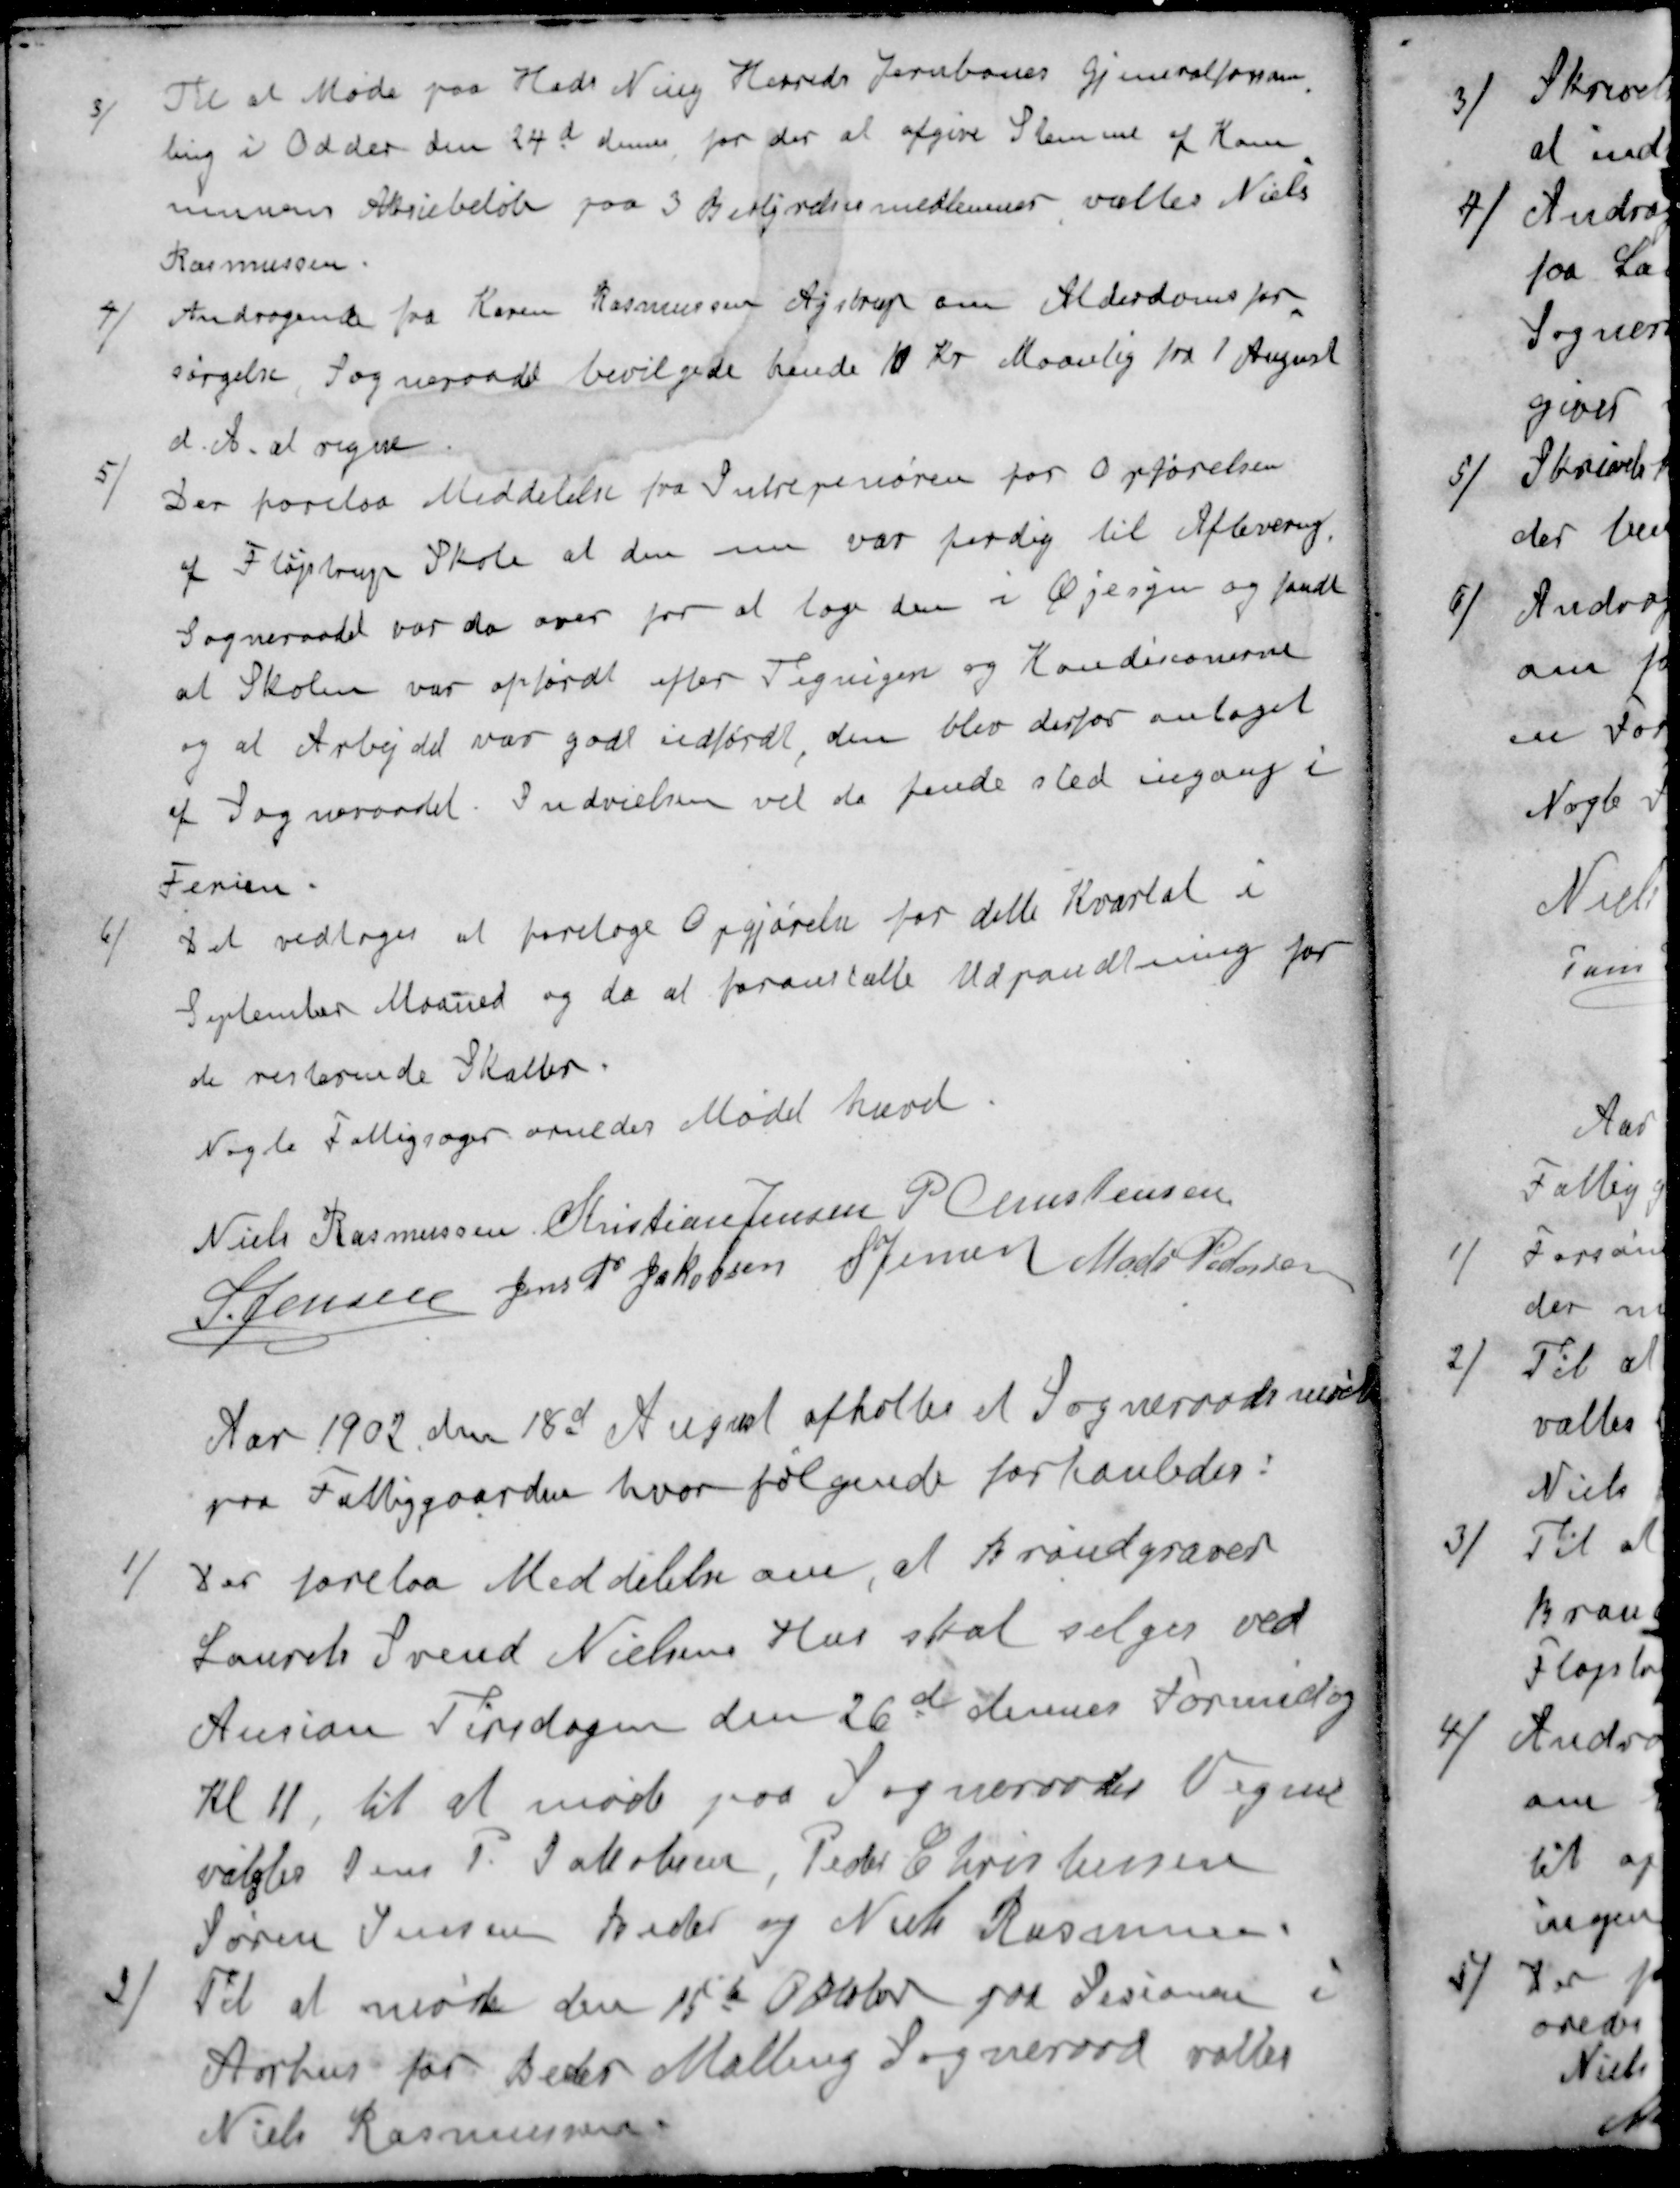
Transskription:
3 / Til at Møde paa Hads Niels Herreds Jernbanes Gjeneralforsam-
ling i Odder den 24d dennes for der at afgive Stemme af Kom-
munens Aktiebeløb paa 3 Bekyrdsmedlemmer valtes Niels
Rasmussen
4 / Andragende fra Karen Rasmussen Ajstrup om Alderdomsfor-
sørgelse Sogneraadet bevilgede hende 10 Kr Maanlig fra 1 August
d. A. at regne
5 / Der forelaa Meddelelse fra Intrepenøren for Opførelsen
af Fløjstrup Skole at den nu var færdig til Aflevering,
Sogneraadet var da over for at tage den i Øjesyn og fandt
at Skolen var opførdt efter Tegnigen og Konditionerne
og at Arbejdet var godt udførdt den blev derfor antaget
af Sogneraadet. Indvielsen vil de finde sted ingang i
Ferien.
6 / Det vedtoges at foretage Opgjørelse for dette Kvartal i
September Maaned og da at foranstalte Udpantning for
de resterende Skatter
Nogle Fattigsager ornedes Mødet hævet
Niels Rasmussen
Kristian Jensen
P Christensen
S Jensen
Jens P. Jakobsen
S Jensen
Mads Pedersen
Aar 1902 den 18d August afholtes et Sogneraadsmøde
paa Fattiggaarden, hvor følgende forhanledes:
1 / Der forelaa Meddelelse om, at Brøndgraver
Laurits Svend Nielsens Hus skal sælges ved
Ausion Tirsdagen den 26d dennes Formidag
Kl 11, til at møde paa Sogneraades Vegne
valgtes Jens P. Jakobsen, Peder Christensen
Søren Jensen Beder og Niels Rasmussen
2 / Til at møde den 15d Oktober paa Sesionen i
Aarhus for Beder Malling Sogneraad valtes
Niels Rasmussen